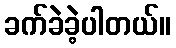
ခက်ခဲခဲ့ပါတယ်။